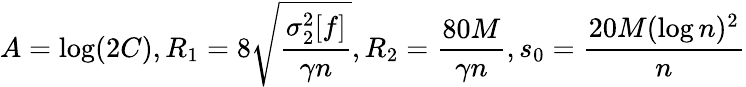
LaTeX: A=\log(2C),R_{1}=8\sqrt{\frac{\sigma_{2}^{2}[f]}{\gamma n}},R_{2}=\frac{80M}{\gamma n},s_{0}=\frac{20M(\log n)^{2}}{n}